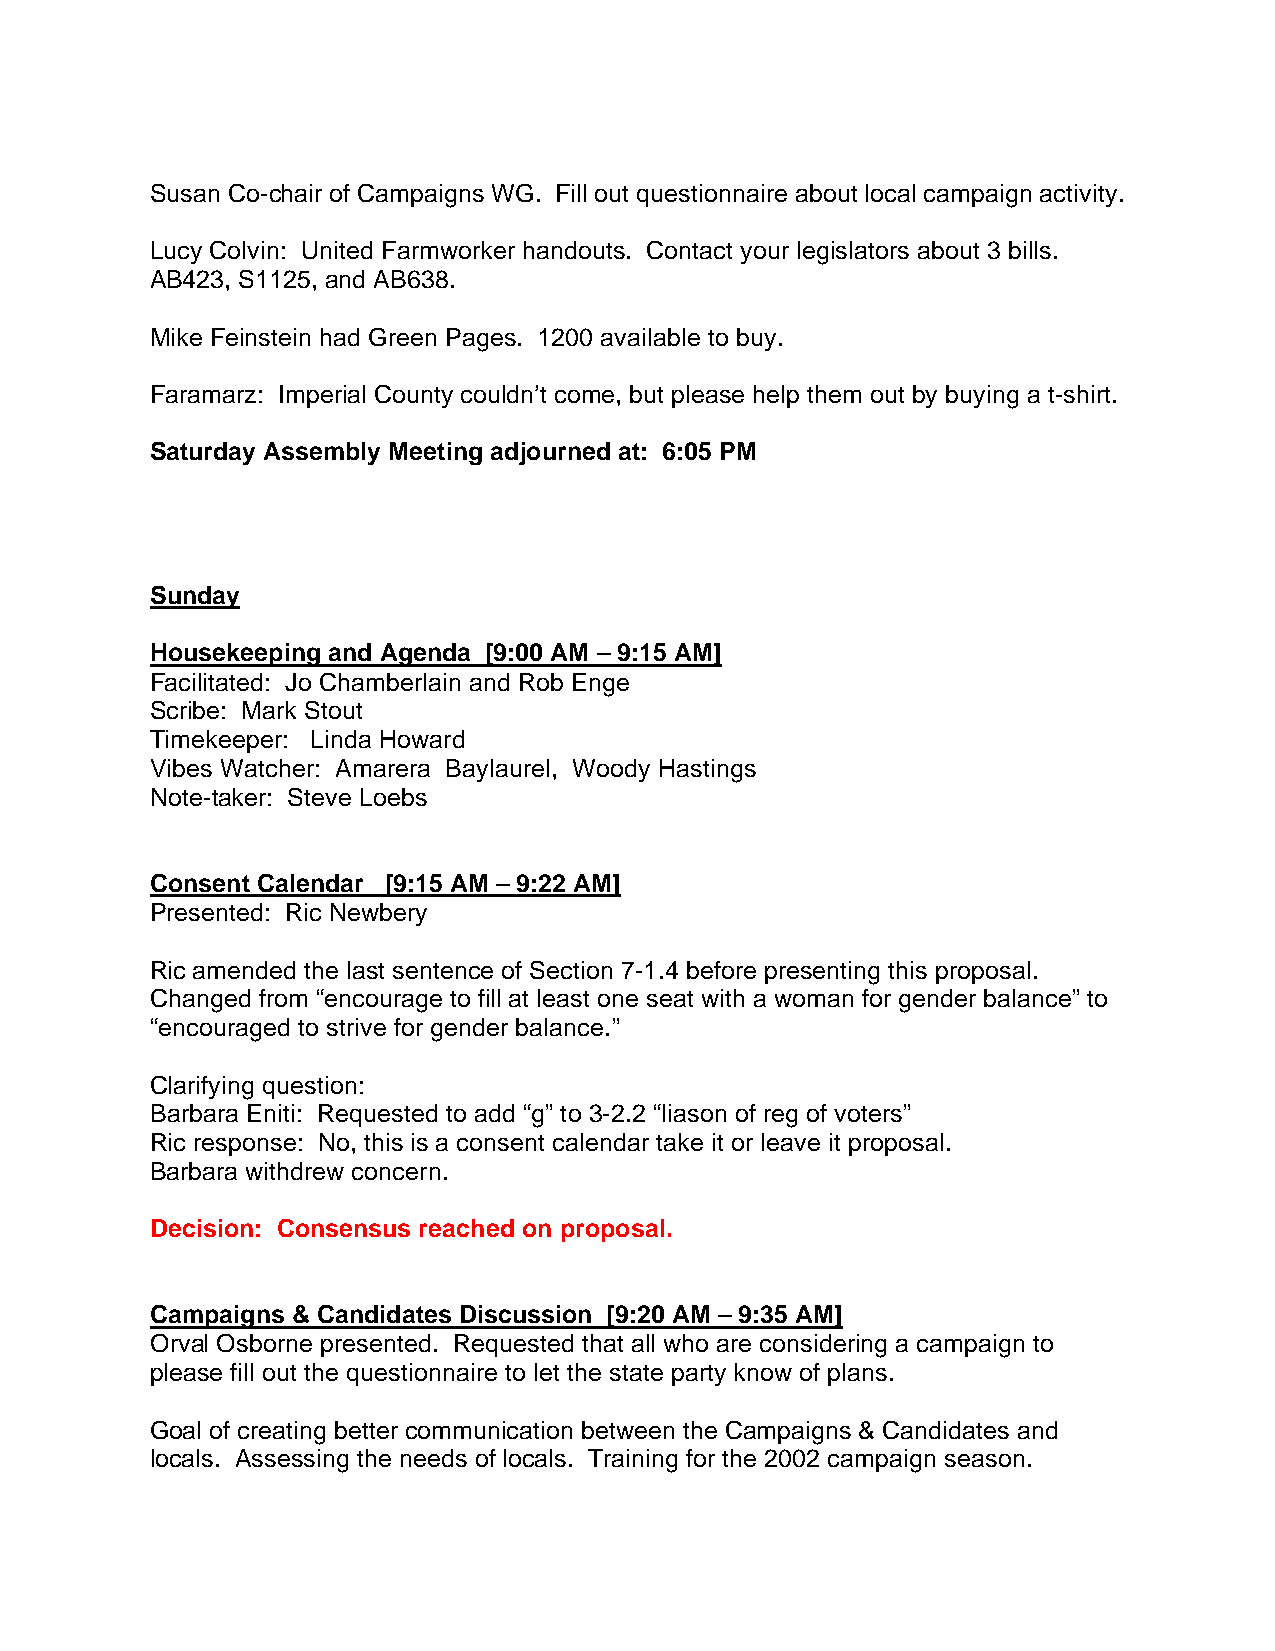
Susan Co-chair of Campaigns WG. Fill out questionnaire about local campaign activity.
 Lucy Colvin: United Farmworker handouts. Contact your legislators about 3 bills.
 AB423, S1125, and AB638.
 Mike Feinstein had Green Pages. 1200 available to buy.
 Faramarz: Imperial County couldn’t come, but please help them out by buying a t-shirt.
 Saturday Assembly Meeting adjourned at: 6:05 PM
 Sunday
 Housekeeping and Agenda [9:00 AM – 9:15 AM]
 Facilitated: Jo Chamberlain and Rob Enge
 Scribe: Mark Stout
 Timekeeper: Linda Howard
 Vibes Watcher: Amarera Baylaurel, Woody Hastings
 Note-taker: Steve Loebs
 Consent Calendar [9:15 AM – 9:22 AM]
 Presented: Ric Newbery
 Ric amended the last sentence of Section 7-1.4 before presenting this proposal.
 Changed from “encourage to fill at least one seat with a woman for gender balance” to
 “encouraged to strive for gender balance.”
 Clarifying question:
 Barbara Eniti: Requested to add “g” to 3-2.2 “liason of reg of voters”
 Ric response: No, this is a consent calendar take it or leave it proposal.
 Barbara withdrew concern.
 Decision: Consensus reached on proposal.
 Campaigns & Candidates Discussion [9:20 AM – 9:35 AM]
 Orval Osborne presented. Requested that all who are considering a campaign to
 please fill out the questionnaire to let the state party know of plans.
 Goal of creating better communication between the Campaigns & Candidates and
 locals. Assessing the needs of locals. Training for the 2002 campaign season.